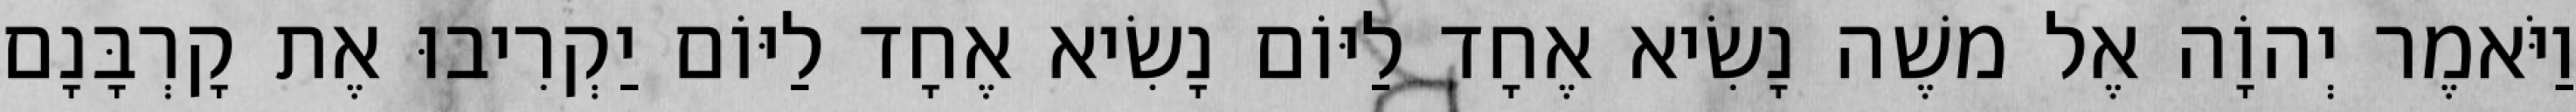
וַיֹּאמֶר יְהוָֹה אֶל משֶׁה נָשִׂיא אֶחָד לַיּוֹם נָשִׂיא אֶחָד לַיּוֹם יַקְרִיבוּ אֶת קָרְבָּנָם